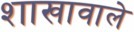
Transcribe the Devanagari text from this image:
शाखावाले